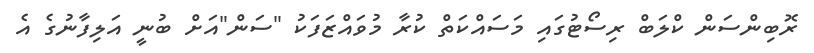
ރޮބިންސަން ކްލަބް ރިސޯޓުގައި މަސައްކަތް ކުރާ މުވައްޒަފަކު "ސަން"އަށް ބުނީ އަލިފާނުގެ އެ